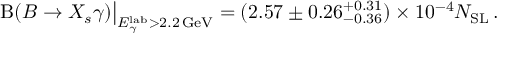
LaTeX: \mathrm { B } ( B \to X _ { s } \gamma ) \big | _ { E _ { \gamma } ^ { \mathrm { l a b } } > 2 . 2 \, \mathrm { G e V } } = ( 2 . 5 7 \pm 0 . 2 6 _ { - 0 . 3 6 } ^ { + 0 . 3 1 } ) \times 1 0 ^ { - 4 } N _ { \mathrm { S L } } \, .